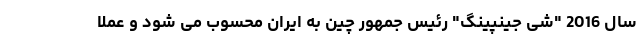
سال 2016 "شی جینپینگ" رئیس جمهور چین به ایران محسوب می شود و عملا